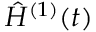
\hat { H } ^ { ( 1 ) } ( t )